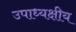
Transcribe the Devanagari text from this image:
उपाध्यक्षीय